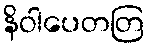
နိဝါပေတတြ